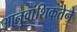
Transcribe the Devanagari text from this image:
आनुवांशिकतेने